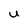
Character: U